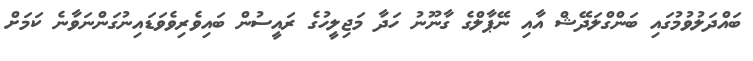
ބައްދަލުވުމުގައި ބަންގްލަދޭޝް އާއި ނޭޕާލްގެ ގާނޫނު ހަދާ މަޖިލީހުގެ ރައީސުން ބައިވެރިވެވަޑައިނުގަންނަވާނެ ކަމަށް